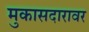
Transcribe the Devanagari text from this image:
मुकासदारावर